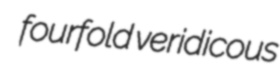
fourfold veridicous